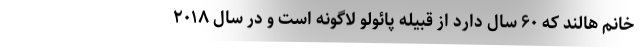
خانم هالند که ۶۰ سال دارد از قبیله پائولو لاگونه است و در سال ۲۰۱۸